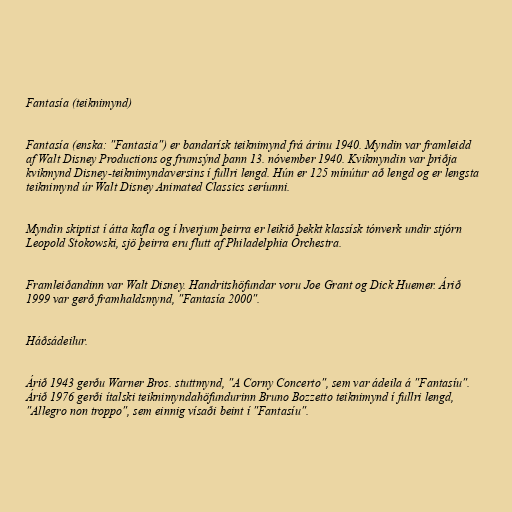
Fantasía (teiknimynd)

Fantasía (enska: "Fantasia") er bandarísk teiknimynd frá árinu 1940. Myndin var framleidd
af Walt Disney Productions og frumsýnd þann 13. nóvember 1940. Kvikmyndin var þriðja
kvikmynd Disney-teiknimyndaversins í fullri lengd. Hún er 125 mínútur að lengd og er lengsta
teiknimynd úr Walt Disney Animated Classics seríunni.

Myndin skiptist í átta kafla og í hverjum þeirra er leikið þekkt klassísk tónverk undir stjórn
Leopold Stokowski, sjö þeirra eru flutt af Philadelphia Orchestra.

Framleiðandinn var Walt Disney. Handritshöfundar voru Joe Grant og Dick Huemer. Árið
1999 var gerð framhaldsmynd, "Fantasía 2000".

Háðsádeilur.

Árið 1943 gerðu Warner Bros. stuttmynd, "A Corny Concerto", sem var ádeila á "Fantasíu".
Árið 1976 gerði ítalski teiknimyndahöfundurinn Bruno Bozzetto teiknimynd í fullri lengd,
"Allegro non troppo", sem einnig vísaði beint í "Fantasíu".